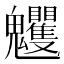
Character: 𩵈